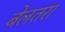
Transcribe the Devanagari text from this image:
बेलतरा